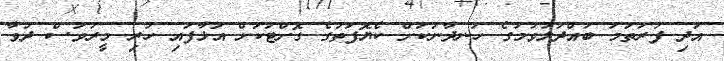
އަދި ފުރަތަމަ ބައްދަލުވުމުގެ ހަނދާނަކަށް ކެޔޮފަތުގެ ގޮށްޓަކަށް އަޅާފައި ހުރި މީރުވަސް ދުވާ